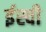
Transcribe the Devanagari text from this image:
र्इस्वी